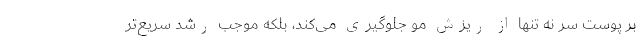
بر پوست سر نه تنها از ریزش مو جلوگیری می­کند، بلکه موجب رشد سریع­تر